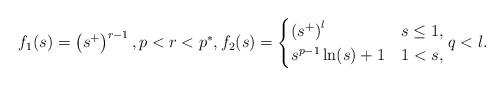
LaTeX: \begin{align*}f_1(s)=\left(s^+\right)^{r-1}, p<r<p^*, f_2(s) =\begin{cases}\left(s^+\right)^l&s\leq 1,\\s^{p-1} \ln(s)+1&1<s,\end{cases}q<l.\end{align*}